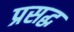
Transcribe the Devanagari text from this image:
प्रसद्ध